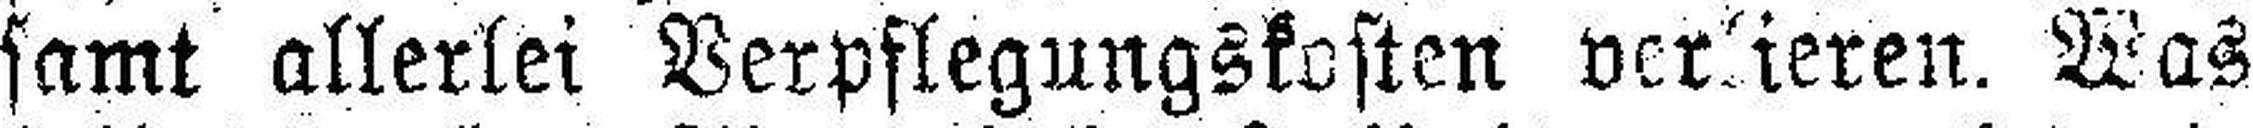
samt allerlei Verpflegungskosten verlieren. Was